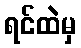
ရင်ထဲမှ